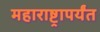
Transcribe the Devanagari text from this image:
महाराष्ट्रापर्यंत